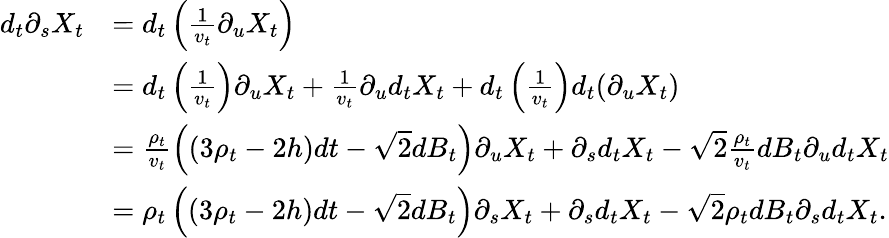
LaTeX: \begin{array}{rl}{d_{t}\partial_{s}X_{t}}&{=d_{t}\left(\frac{1}{v_{t}}\partial_{u}X_{t}\right)}\\ &{=d_{t}\left(\frac{1}{v_{t}}\right)\partial_{u}X_{t}+\frac{1}{v_{t}}\partial_{u}d_{t}X_{t}+d_{t}\left(\frac{1}{v_{t}}\right)d_{t}(\partial_{u}X_{t})}\\ &{=\frac{\rho_{t}}{v_{t}}\left((3\rho_{t}-2h)dt-\sqrt{2}dB_{t}\right)\partial_{u}X_{t}+\partial_{s}d_{t}X_{t}-\sqrt{2}\frac{\rho_{t}}{v_{t}}dB_{t}\partial_{u}d_{t}X_{t}}\\ &{=\rho_{t}\left((3\rho_{t}-2h)dt-\sqrt{2}dB_{t}\right)\partial_{s}X_{t}+\partial_{s}d_{t}X_{t}-\sqrt{2}\rho_{t}dB_{t}\partial_{s}d_{t}X_{t}.}\end{array}